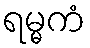
ရမ္မကံ